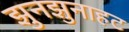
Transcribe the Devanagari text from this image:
झुनझुनाहट